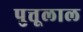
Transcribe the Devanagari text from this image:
पुत्तूलाल